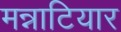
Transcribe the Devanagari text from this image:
मन्नाटियार